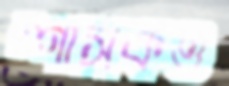
শাসকও